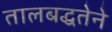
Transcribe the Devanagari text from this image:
तालबद्धतेने